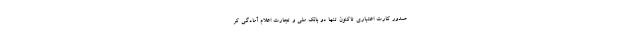
صدور کارت اعتباری تاکنون تنها دو بانک ملی و تجارت اعلام آمادگی کر